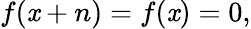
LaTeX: f(\mathit{x}+n)=f(\mathit{x})=0,